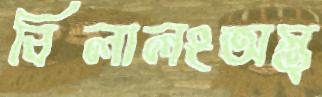
বিলালংঅস্ত্